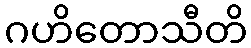
ဂဟိတောသီတိ